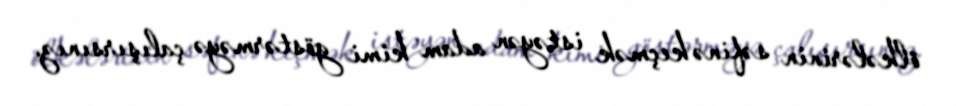
ölkələrinin səfinə keçmək istəyən adam kimi göstərməyə çalışırsınız.